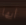
أيها